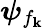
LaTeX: \boldsymbol\psi_{f_{\mathbf{k}}}